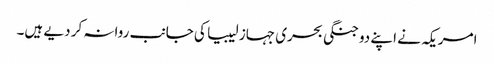
امریکہ نے اپنے دو جنگی بحری جہاز لیبیا کی جانب روانہ کر دیے ہیں۔